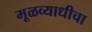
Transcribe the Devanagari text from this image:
मूळव्याधीचा